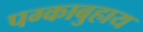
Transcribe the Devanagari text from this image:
पग्काबुहाय